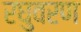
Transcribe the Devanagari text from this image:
रघुवरण